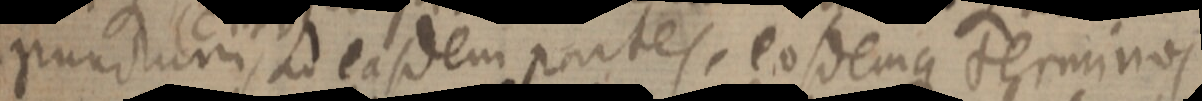
punctum, ad easdem partes, eosdemque terminos